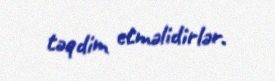
təqdim etməlidirlər.